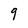
Character: 9